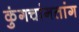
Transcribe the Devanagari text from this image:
कुंगचांगतांग